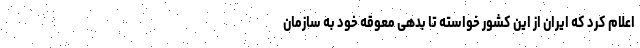
اعلام کرد که ایران از این کشور خواسته تا بدهی معوقه خود به سازمان